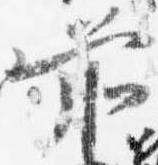
前